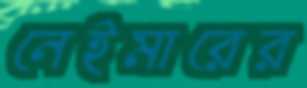
নেইমারের